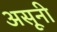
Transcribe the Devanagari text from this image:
असूनी